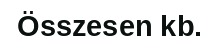
Összesen kb.